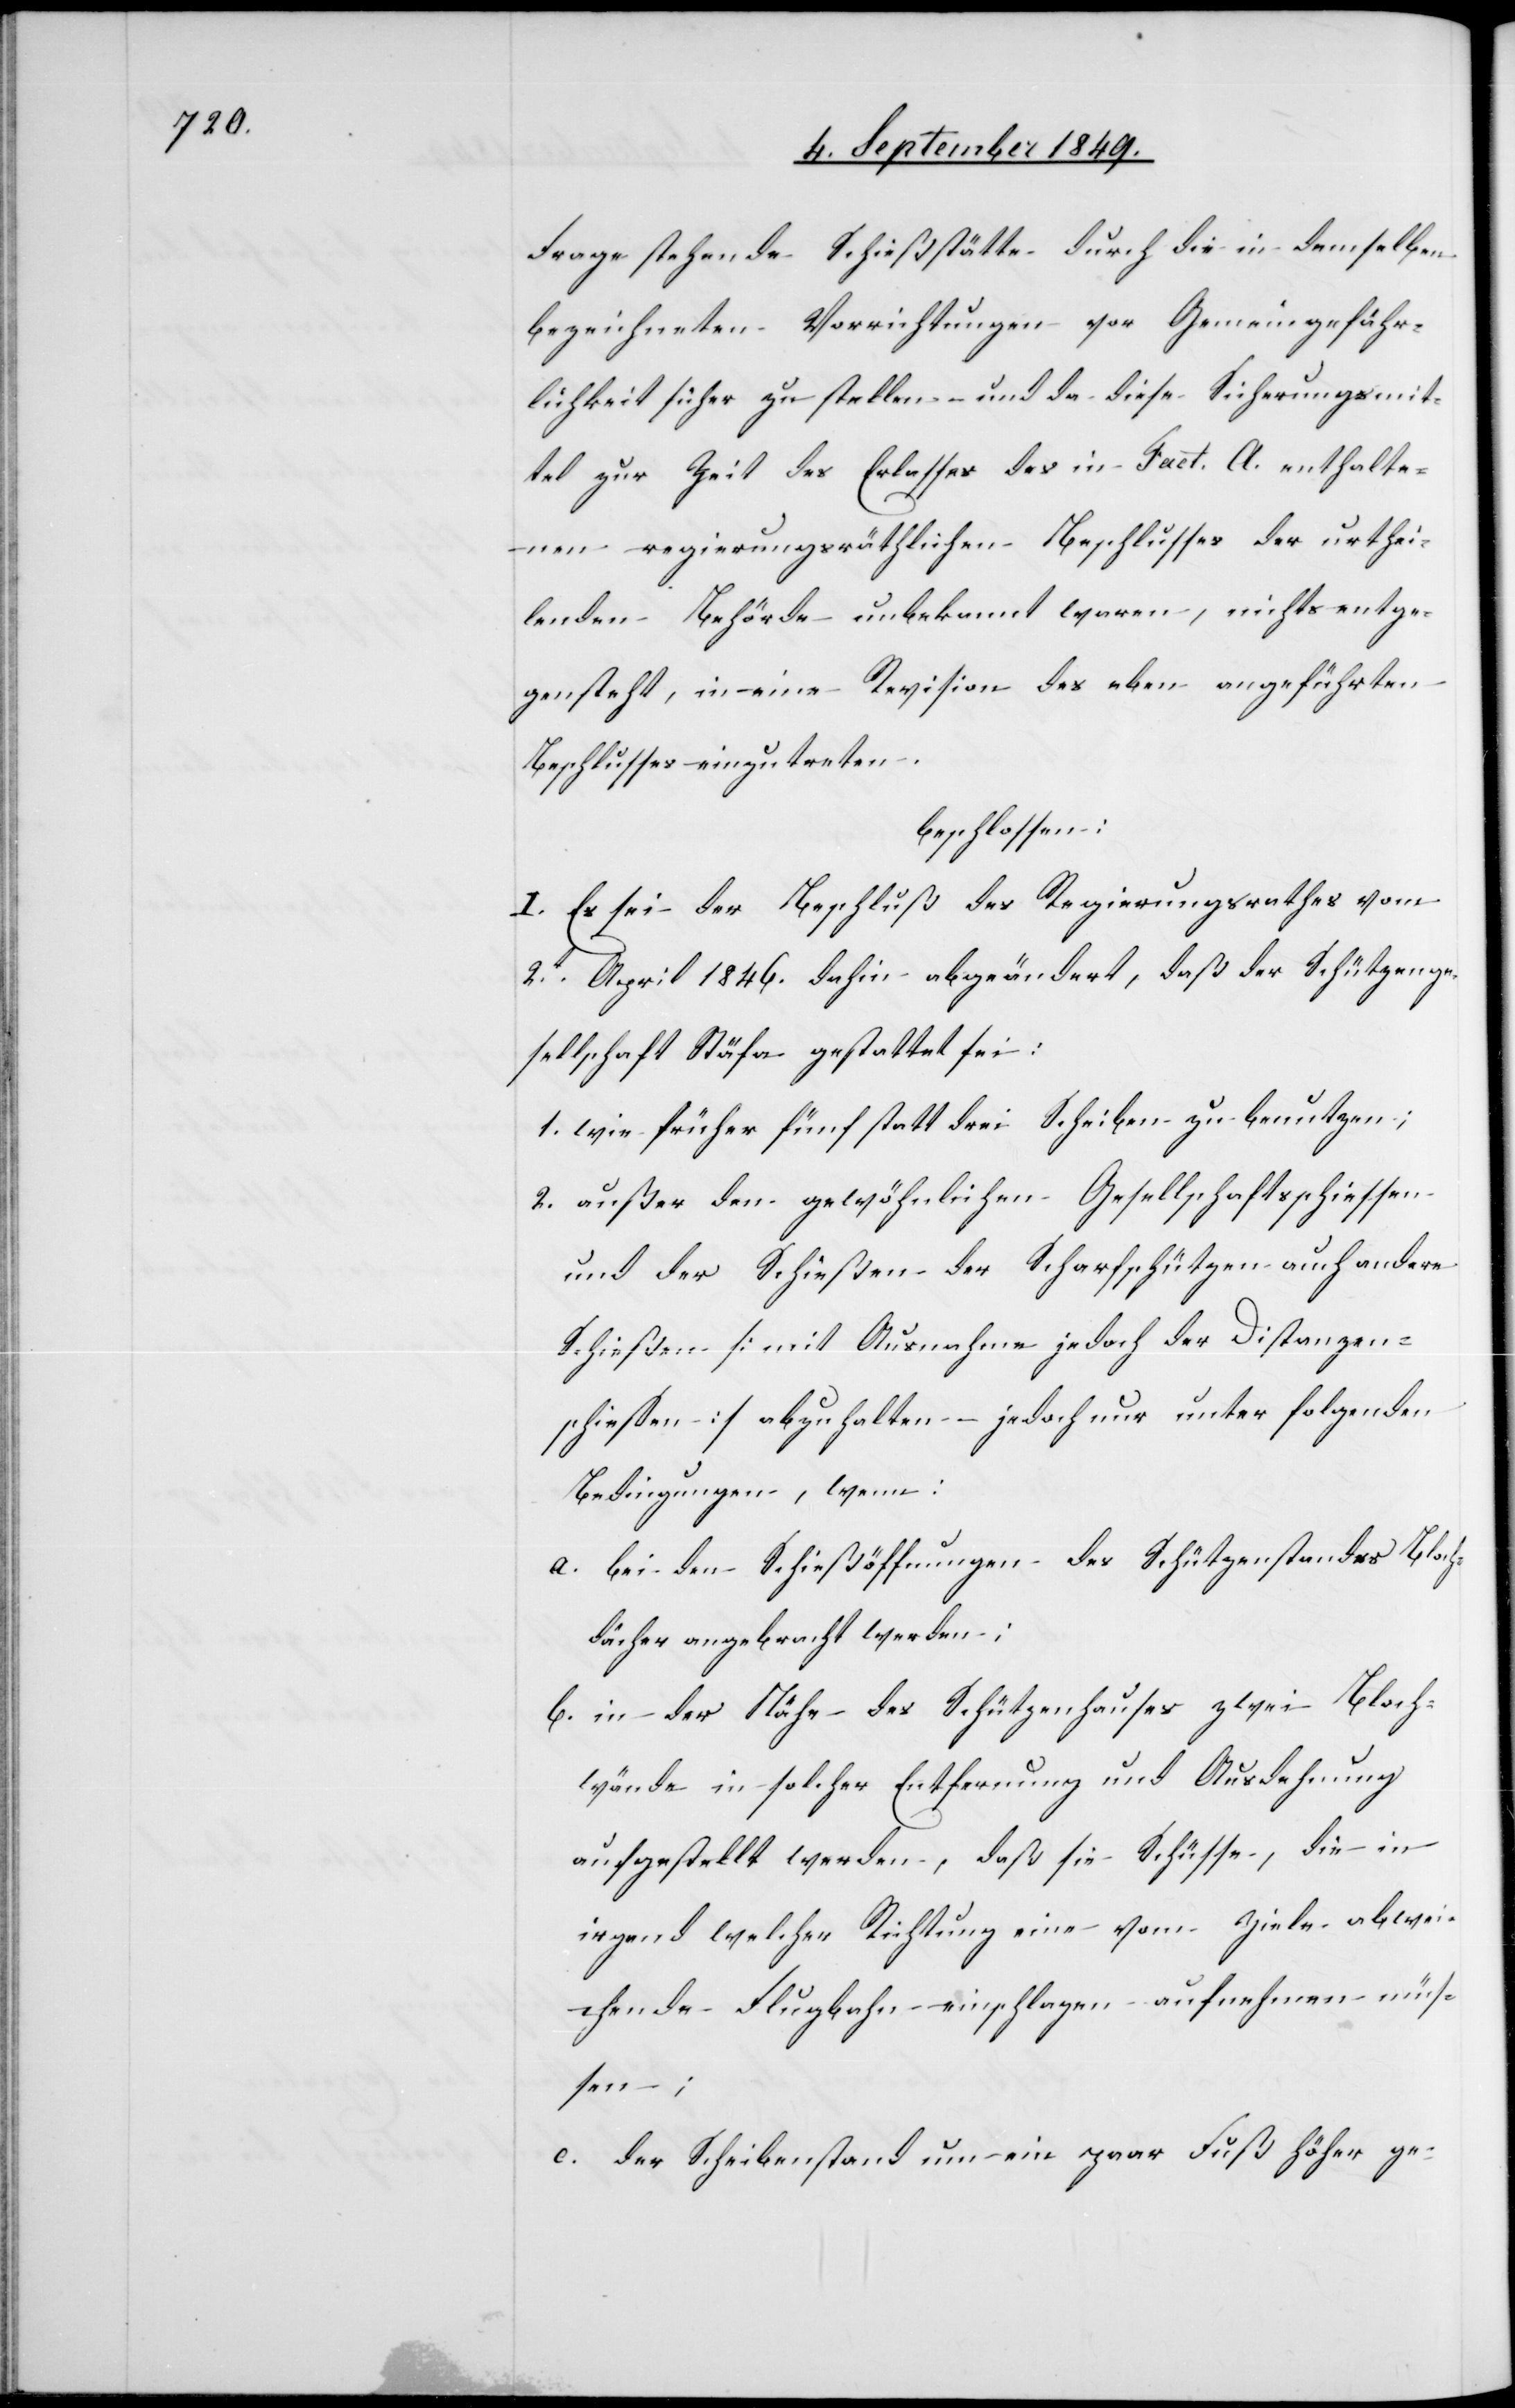
Frage stehende Schießstätte durch die in demselben
bezeichneten Vorrichtungen vor Gemeingefähr¬
lichkeit sicher zu stellen und da diese Sicherungsmit¬
tel zur Zeit des Erlasses des in Fact. A. enthalte¬
nen regierungsräthlichen Beschlusses der urthei¬
lenden Behörde unbekannt waren, nichts entge¬
gensteht, in eine Revision des eben angeführten
Beschlusses einzutreten.
beschlossen:
I. Es sei der Beschluß des Regierungsrathes vom
2t April 1846. dahin abgeändert, daß der Schützenge¬
sellschaft Stäfa gestattet sei:
1. wie früher fünf statt drei Scheiben zu benutzen;
2. außer den gewöhnlichen Gesellschaftsschiessen
und der Schießen der Scharfschützen auch andere
Schießen [mit Ausnahme jedoch der Distanzen¬
schiessen] abzuhalten – jedoch nur unter folgenden
Bedingungen, wenn:
a. bei den Schießöffnungen des Schützenstandes Bloch¬
dächer angebracht werden:
b. in der Nähe des Schützenhauses zwei Bloch¬
wände in solcher Entfernung und Ausdehnung
aufgestellt werden, daß sie Schüsse, die in
irgend welcher Richtung eine vom Ziele abwei¬
chende Flugbahn einschlagen – aufnehmen müs¬
sen;
c. der Scheibenstand um ein paar Fuß höher ge-